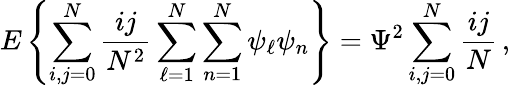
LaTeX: E\left\{ \sum_{i,j=0}^{N}{\frac{ij}{N^{2}}}\sum_{\ell=1}^{N}\sum_{n=1}^{N}\psi_{\ell}\psi_{n}\right\} =\Psi^{2}\sum_{i,j=0}^{N}{\frac{ij}{N}}\, ,